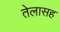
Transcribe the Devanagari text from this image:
तेलासह